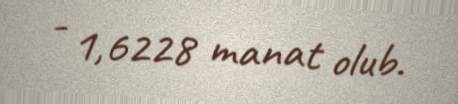
- 1,6228 manat olub.